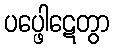
ပပ္ဖေါဋေတွာ